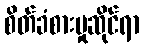
စိတ်ခံစားမှုဆိုင်ရာ